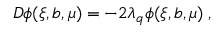
{ \cal D } \phi ( \xi , b , \mu ) = - 2 \lambda _ { q } \phi ( \xi , b , \mu ) \; ,